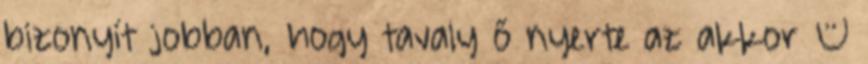
bizonyít jobban, hogy tavaly ő nyerte az akkor –